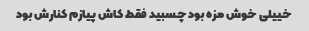
خییلی خوش مزه بود چسبید فقط کاش پیازم کنارش بود